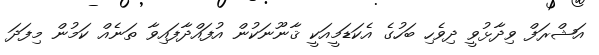
އަޝްރަފް ވިދާޅުވީ ދިވެހި ބަހުގެ އެކަޑަމީއަކީ ޤާނޫނަކުން އުފައްދާފައިވާ ތަނެއް ކަމުން މިފަދަ